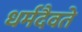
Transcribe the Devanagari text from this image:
धर्मदैवते